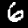
Label: 6